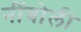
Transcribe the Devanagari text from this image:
नींबोली